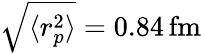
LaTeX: \sqrt{\langle r_{p}^{2}\rangle}=0.84\, \mathrm{fm}